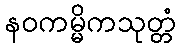
နဝကမ္မိကသုတ္တံ